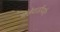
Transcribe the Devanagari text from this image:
भेंडेवाडीपर्यंत